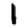
Digit: 1